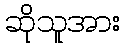
ဆိုသူအား